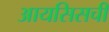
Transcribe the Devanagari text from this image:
आयसिसची